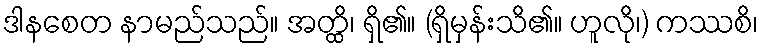
ဒါနစေတ နာမည်သည်။ အတ္ထိ၊ ရှိ၏။ (ရှိမှန်းသိ၏။ ဟူလို၊) ကဿစိ၊